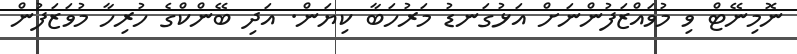
ނޮމިނޭޓް ވި މުވައްޒަފުންނަށް އަޅުގަނޑު މަރުހަބާ ކިޔަން. އަދި ބޭންކްގެ ހުރިހާ މުވަޒަފުން